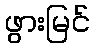
ဖွားမြင်